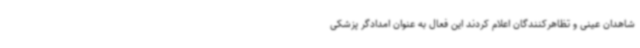
شاهدان عینی و تظاهرکنندگان اعلام کردند این فعال به عنوان امدادگر پزشکی